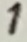
Text: 1